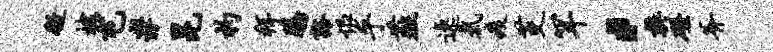
碍棣屯#昆杓拜腾豁恨乎薤逸气疫茭罕，樊磴斧